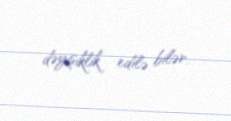
dəyişiklik edilə bilər.